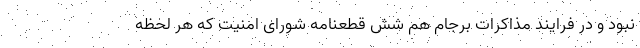
نبود و در فرایند مذاکرات برجام هم شش قطعنامه شورای امنیت که هر لحظه